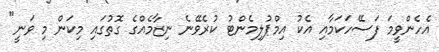
އެހެންވީމަ ފަސޭހަކަމާއި އެކު އިމްޕުލިމެންޓު ކުރެވޭނެ ނިޒާމެއްގެ ގޮތުގައި މިކަން މި ވަނީ"